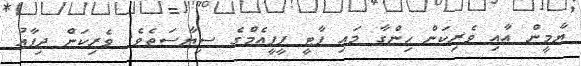
ޔާމީން އާއި ވެރިކަން ހިންގާ މައި ޕާޓީ ޕީޕީއެމްގެ ސިޔާސަތެވެ. ވެރިކަން ދިފާއު